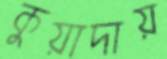
কুয়াদায়